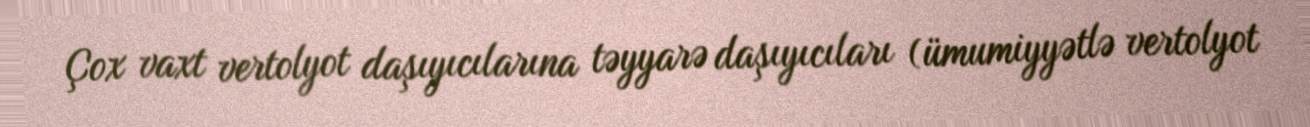
Çox vaxt vertolyot daşıyıcılarına təyyarə daşıyıcıları (ümumiyyətlə vertolyot